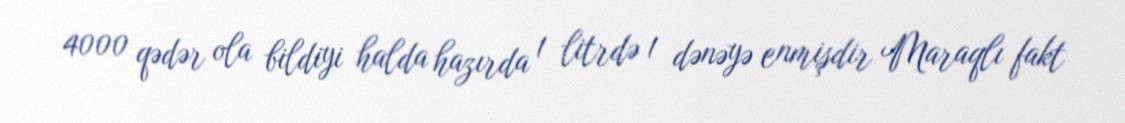
4000 qədər ola bildiyi halda hazırda 1 litrdə 1 dənəyə enmişdir Maraqlı fakt